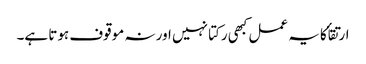
ارتقأ کا یہ عمل کبھی رکتا نہیں اور نہ موقوف ہوتا ہے۔